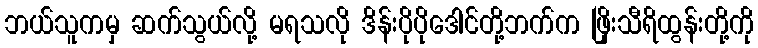
ဘယ်သူကမှ ဆက်သွယ်လို့ မရသလို ဒိန်းပိုပိုဒေါင်တို့ဘက်က ဖြိုးသီရိထွန်းတို့ကို